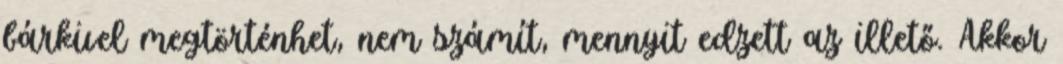
bárkivel megtörténhet, nem számít, mennyit edzett az illető. Akkor